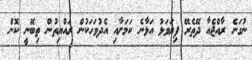
ނުގަނެ ރާއްޖެއާ ދޭތެރޭ ފިޔަވަޅު އަޅާނެ ކަމަށާއި އެދުވަހަކުން ރައްޔިތުން ތިބޭނީ ކޮން